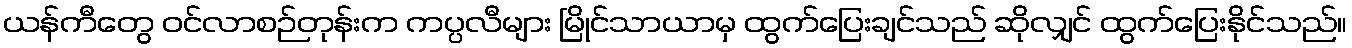
ယန်ကီတွေ ဝင်လာစဉ်တုန်းက ကပ္ပလီများ မြိုင်သာယာမှ ထွက်ပြေးချင်သည် ဆိုလျှင် ထွက်ပြေးနိုင်သည်။